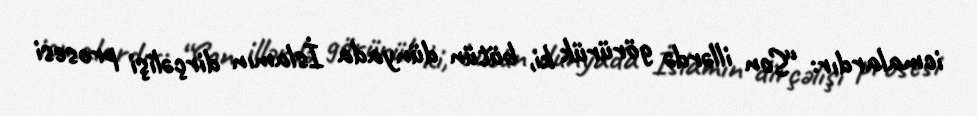
icmalardır: “Son illərdə görürük ki, bütün dünyada İslamın dirçəlişi prosesi